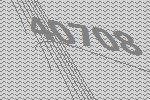
40708